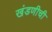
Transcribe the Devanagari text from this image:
खंडणीची